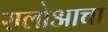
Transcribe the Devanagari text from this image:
रालोआचा